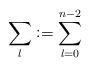
LaTeX: \begin{align*} \sum_{l} \vcentcolon = \sum_{l = 0}^{n-2}\end{align*}